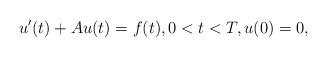
LaTeX: \begin{align*}u' (t) + Au(t)=f(t), 0<t<T,u(0)=0,\end{align*}